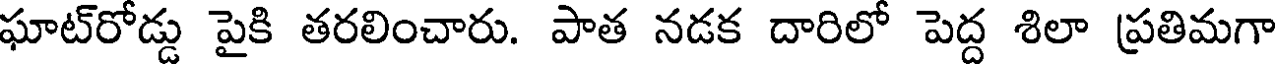
ఘాట్రోడ్డు పైకి తరలించారు. పాత నడక దారిలో పెద్ద శిలా ప్రతిమగా